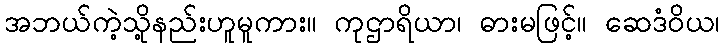
အဘယ်ကဲ့သို့နည်းဟူမူကား။ ကုဌာရိယာ၊ ဓားမဖြင့်။ ဆေဒံဝိယ၊